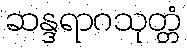
ဆန္ဒရာဂသုတ္တံ